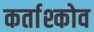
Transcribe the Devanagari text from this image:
कर्ताश्कोव